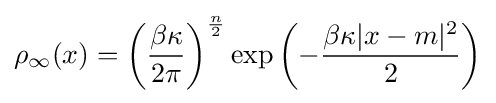
\rho _{\infty }(x)=\left({\frac {\beta \kappa }{2\pi }}\right)^{\frac {n}{2}}\exp \left(-{\frac {\beta \kappa |x-m|^{2}}{2}}\right)